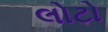
લોટો